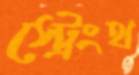
স্ট্রেংথ